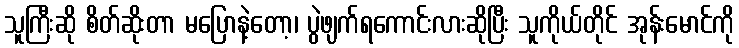
သူကြီးဆို စိတ်ဆိုးတာ မပြောနဲ့တော့၊ ပွဲဖျက်ရကောင်းလားဆိုပြီး သူကိုယ်တိုင် အုန်းမောင်ကို